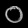
Digit: ၀